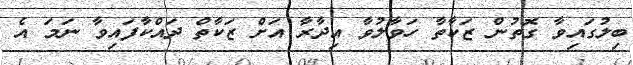
ބިލުގައިވާ ގޮތުން ޒަކާތާ ހަވާލުވާ އިދާރާ އަށް ޒަކާތް ދައްކާފައިވާ ނަމަ އެ